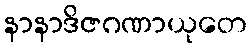
နာနာဒိဇဂဏာယုတေ